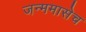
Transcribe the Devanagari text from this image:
जन्ममासेच